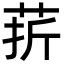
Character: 䓆